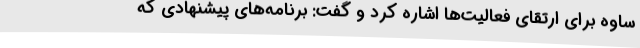
ساوه برای ارتقای فعالیت‌ها اشاره کرد و گفت: برنامه‌های پیشنهادی که